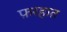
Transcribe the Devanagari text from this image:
फ़रहात